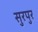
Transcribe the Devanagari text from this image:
सुरपुर